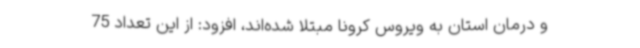
و درمان استان به ویروس کرونا مبتلا شده‌اند، افزود: از این تعداد 75